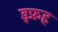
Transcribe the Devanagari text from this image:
इफ्रह